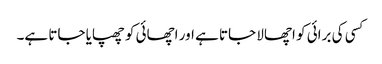
کسی کی برائی کو اچھالا جاتا ہے اور اچھائی کو چھپایا جاتا ہے۔